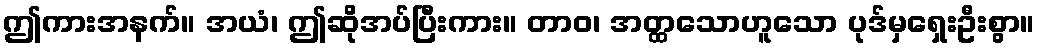
ဤကားအနက်။ အယံ၊ ဤဆိုအပ်ပြီးကား။ တာဝ၊ အတ္ထသောဟူသော ပုဒ်မှရှေးဦးစွာ။